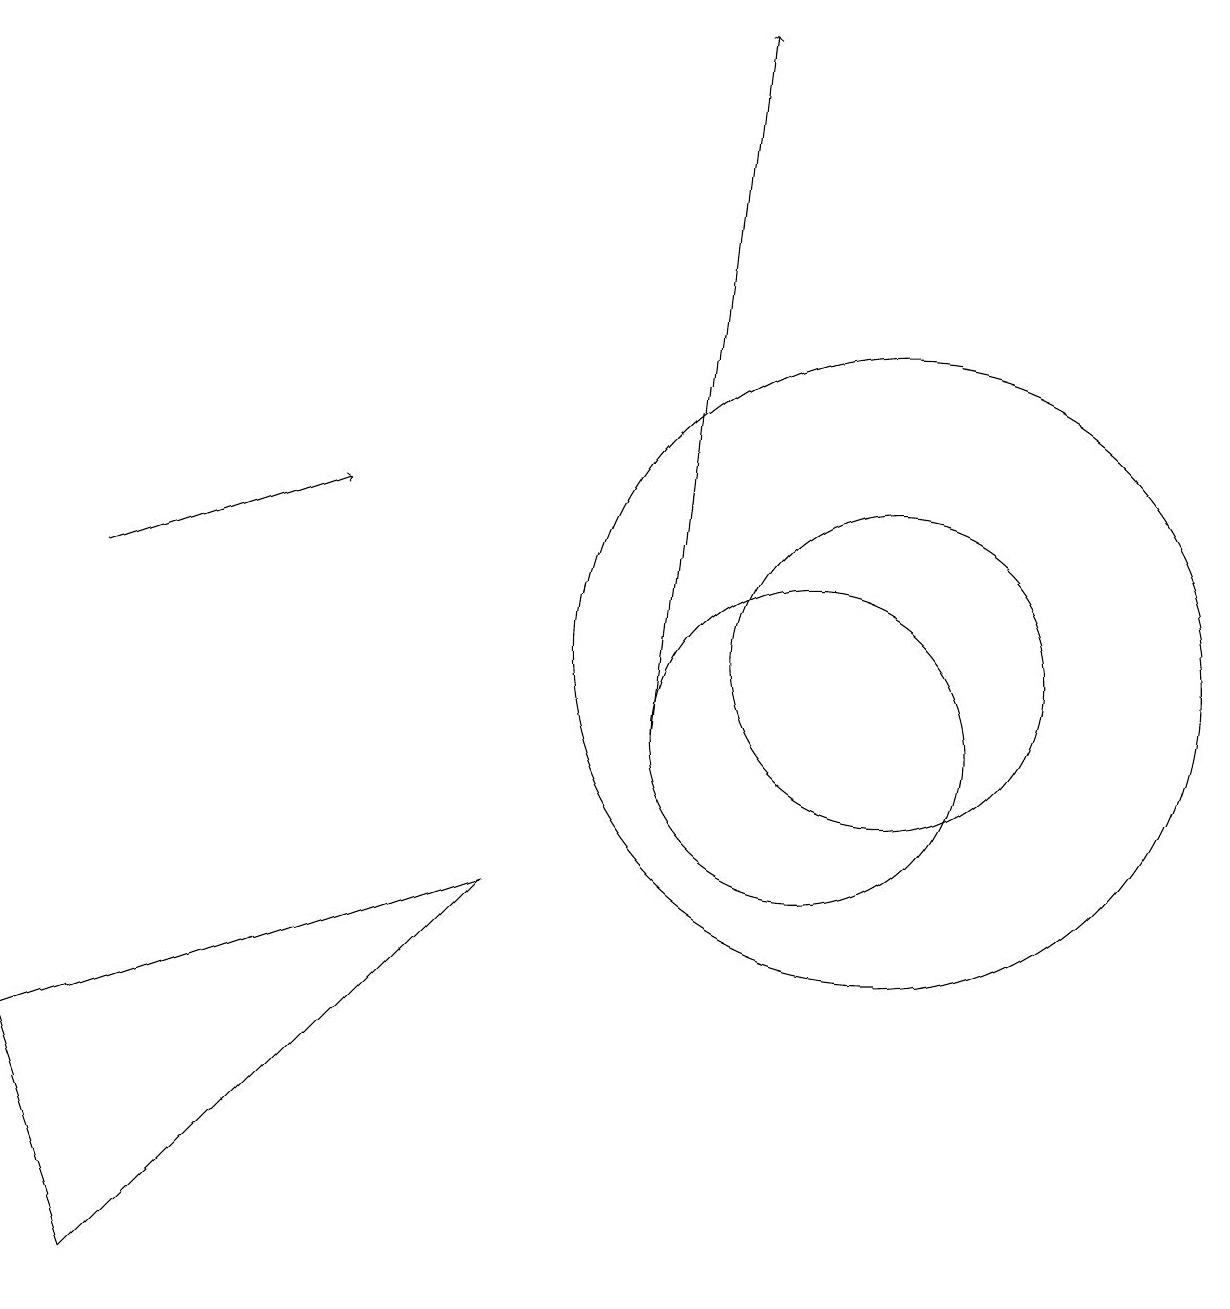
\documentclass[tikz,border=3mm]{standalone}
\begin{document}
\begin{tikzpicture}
\draw (11,11) circle (4);
\draw[->] (1,12) -- (4,13);
\draw (0,6) -- (6,8) -- (1,3) -- cycle;
\draw (11,11) circle (2);
\draw[->] (8,10) -- (9,19);
\draw (10,10) circle (2);
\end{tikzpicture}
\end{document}